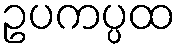
ဥပကပ္ပထ